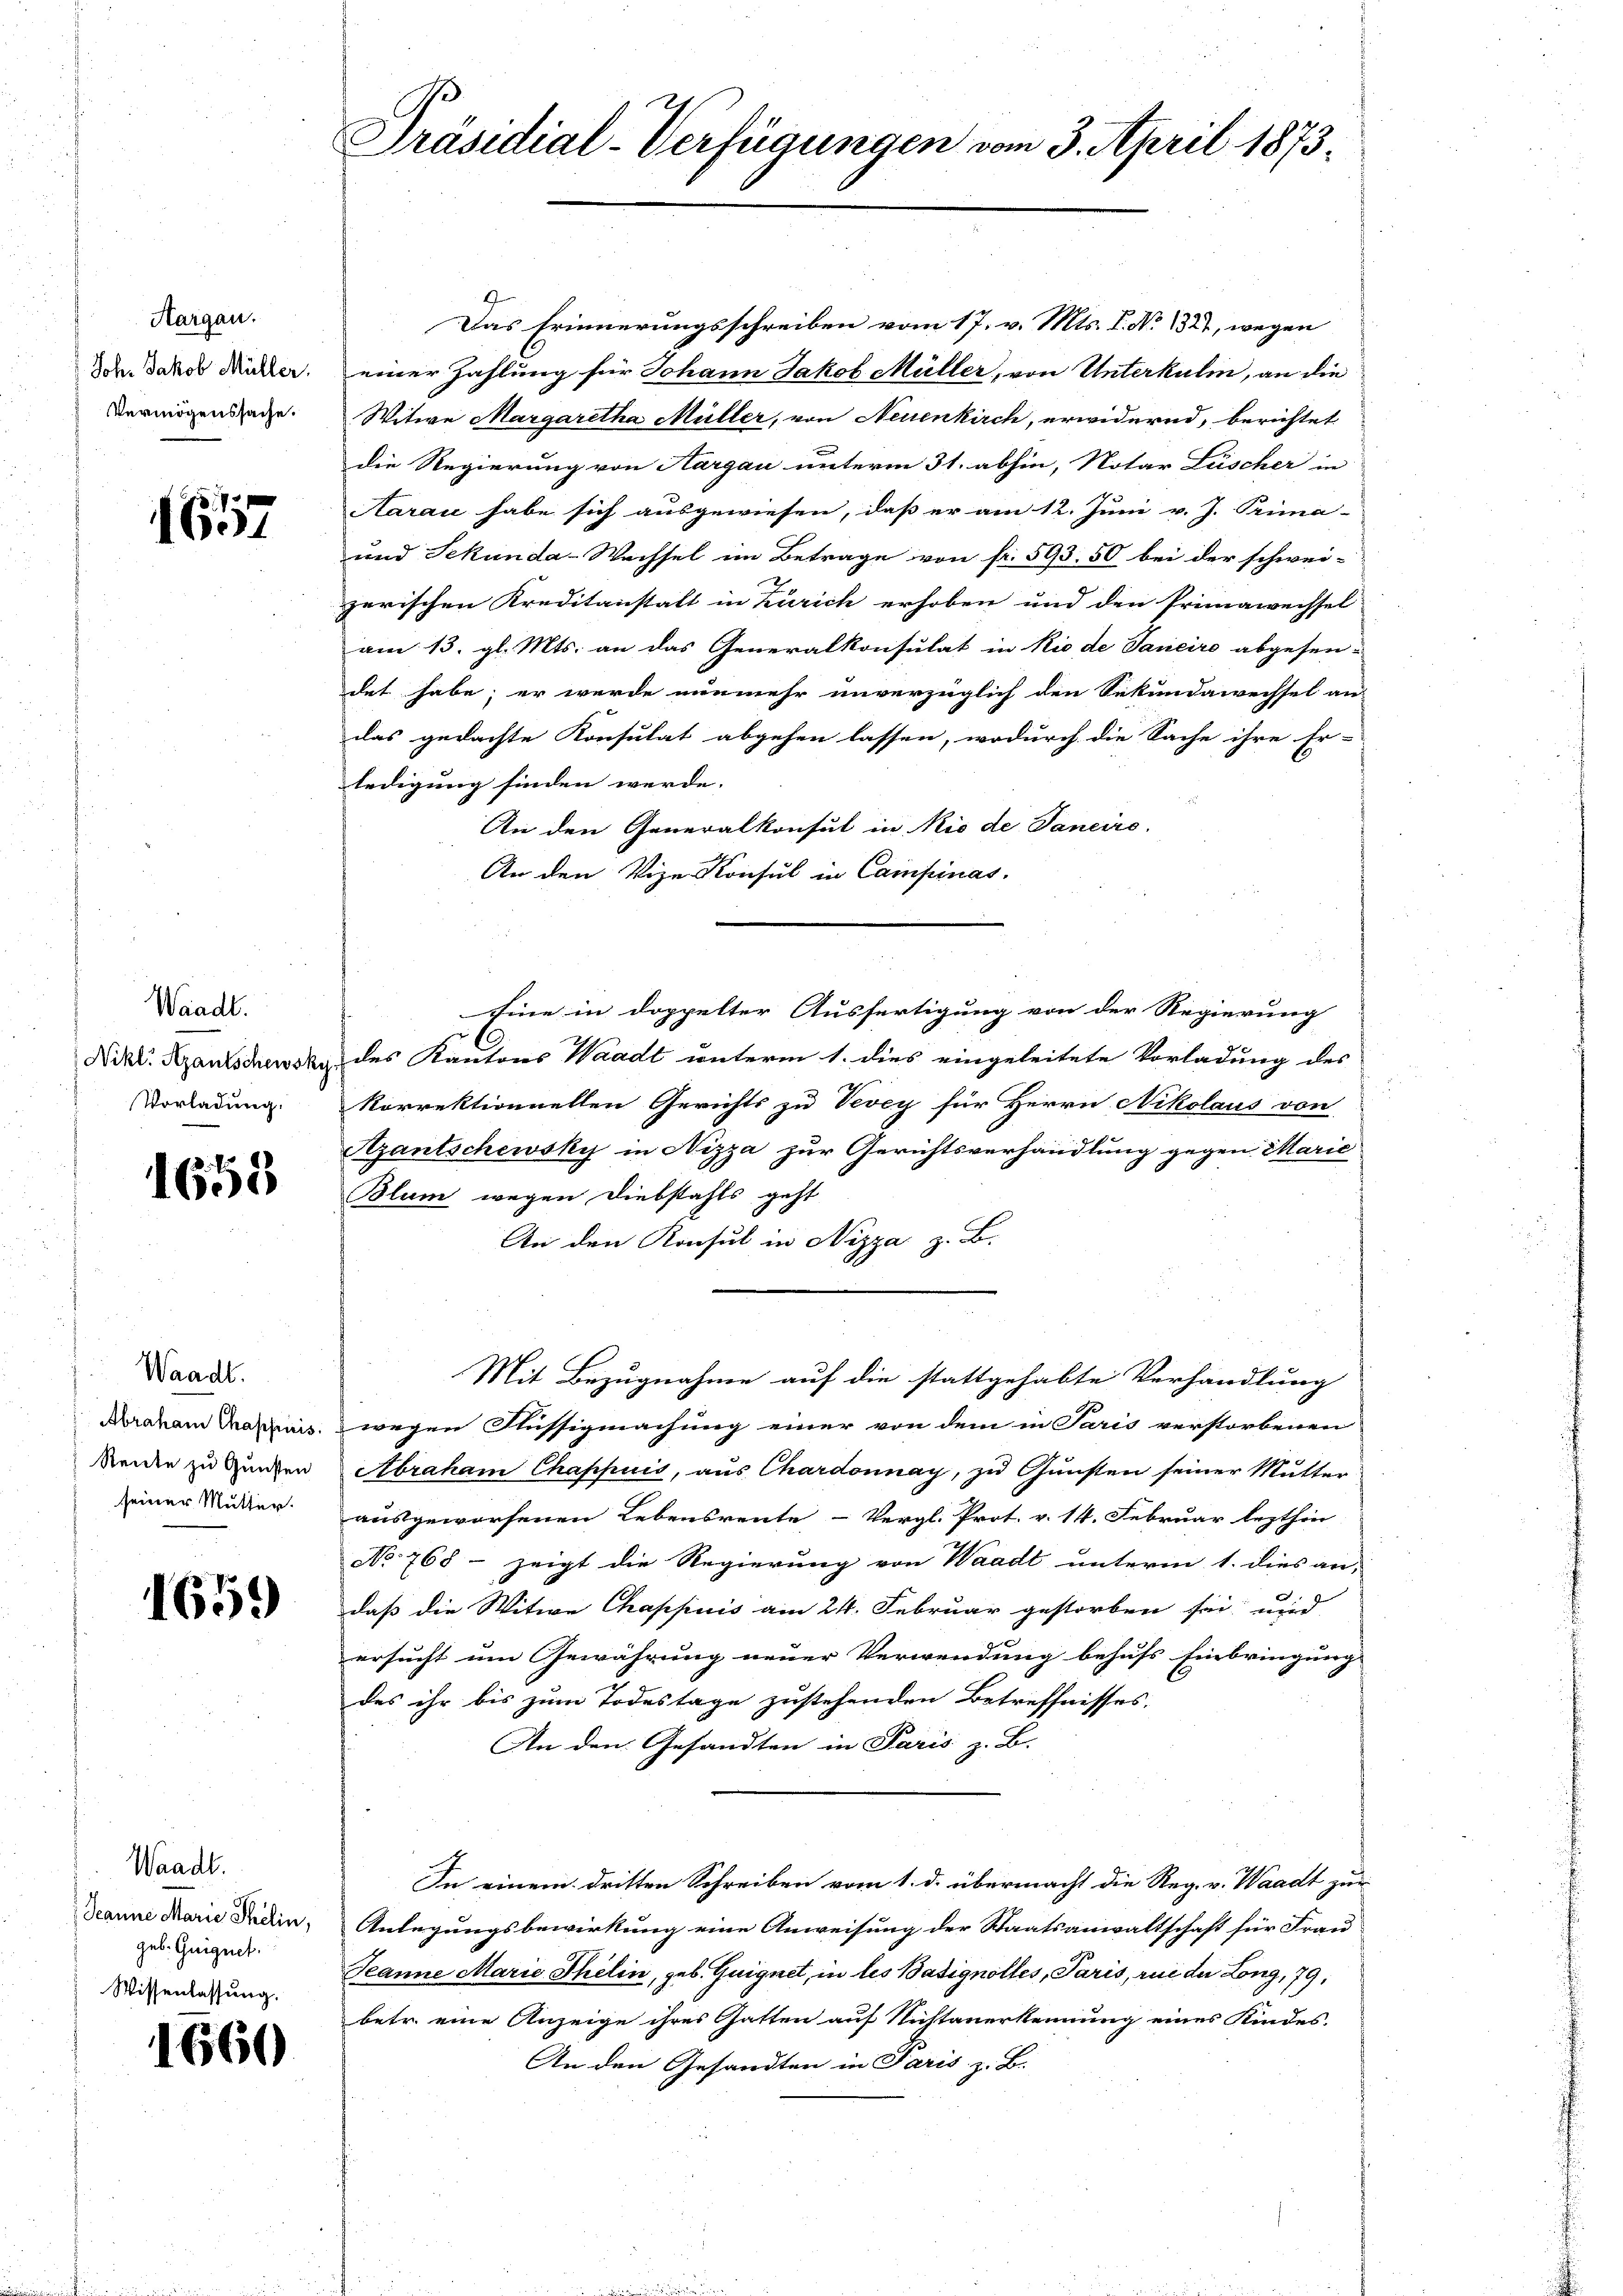
Aargau.
Joh. Jakob Müller.
Vermögenssache.

1657

Waadt.
Nikl. Azantschewsky
Vorladung.

1658

Waadt.
Abraham Chapfiuis.
Reute zu Gunsten
seiner Mutter.

1659

Waadt.
Jeanne Marie Selin,
geb. Guignet.
Wissenlassung.

1660

Präsidial-Verfügungen vom 3. April 1873.

Das Erinnerungsschreiben vom 17. v. Mts. T. No 1327, wegen
einer Zahlung für Johann Jakob Müller, von Unterkuli, an die
Witwe Margaretha Müller, von Neuenkirch, erwidernd, berichtet
die Regierung von Aargau unterm 31. abhin, Notar Lüscher in
Aarau habe sich ausgewiesen, daß er am 12. Juni v. J. Prima-
und Sekunda-Wachsel im Betrage von fr. 593. 50 bei der schwei-
zerischen Kreditanstalt in Zürich erhoben und den Primawechsel
am 13. gl. Mts. an das Generalkonsulat in Rio de Janeiro abgesen-
det habe; er wurde nunmehr unverzüglich den Sekundawechsel an
das gedachte Konsulat abgehen lassen, wodurch die Sache ihre Er-
ledigung finden werde.
An den Generalkonsul in Rio de Sancire
An den Vize-Konsul in Campinas.
Eine in doppelter Ausfertigung von der Regierung
des Kantons Waadt unterm 1. dies eingeleitete Vorladung des
korrektionnellen Gerichts zu Vevey für Herrn Nikolaus von
Azantschewsky in Nizza zur Gerichtsverhandlung gegen Marie
Blum wegen Diebstahls geht
An den Konsul in Nizza z. B.
Mit Bezugnahme auf die stattgehabte Verhandlung
wegen Aussigmachung einer von dem in Paris verstorbenen
Abraham Chappuis, aus Chardonnay, zu Gunsten seiner Mutter
ausgeworfenen Lebensrente Vergl. Prot. v. 14. Februar lezthin
No 768 – zeigt die Regierung von Waadt unterm 1. dies an-
daß die Witwe Chappuis am 24. Februar gestorben sei, wird
ersucht um Gewährung neuer Verwendung behufs Einbringung
des ihr bis zum Todestage zustehenden Betreffnisses.
An den Gesandten in Paris z. B.
In einem dritten Schreiben vom 1. d. übermacht die Reg. v. Waadt zur
Anlegungsbewirkung eine Anweisung der Staatsanwaltschaft für Frau
Jeanne Marie Thelin, geb. Guignet, in les Batignolles, Paris, rui der Long, 79,
betr. eine Anzeige ihres Gatten auf Nichtanerkennung eines Kindes-
An den Gesandten in Paris z. B.